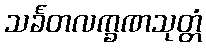
သင်္ခတလက္ခဏသုတ္တံ